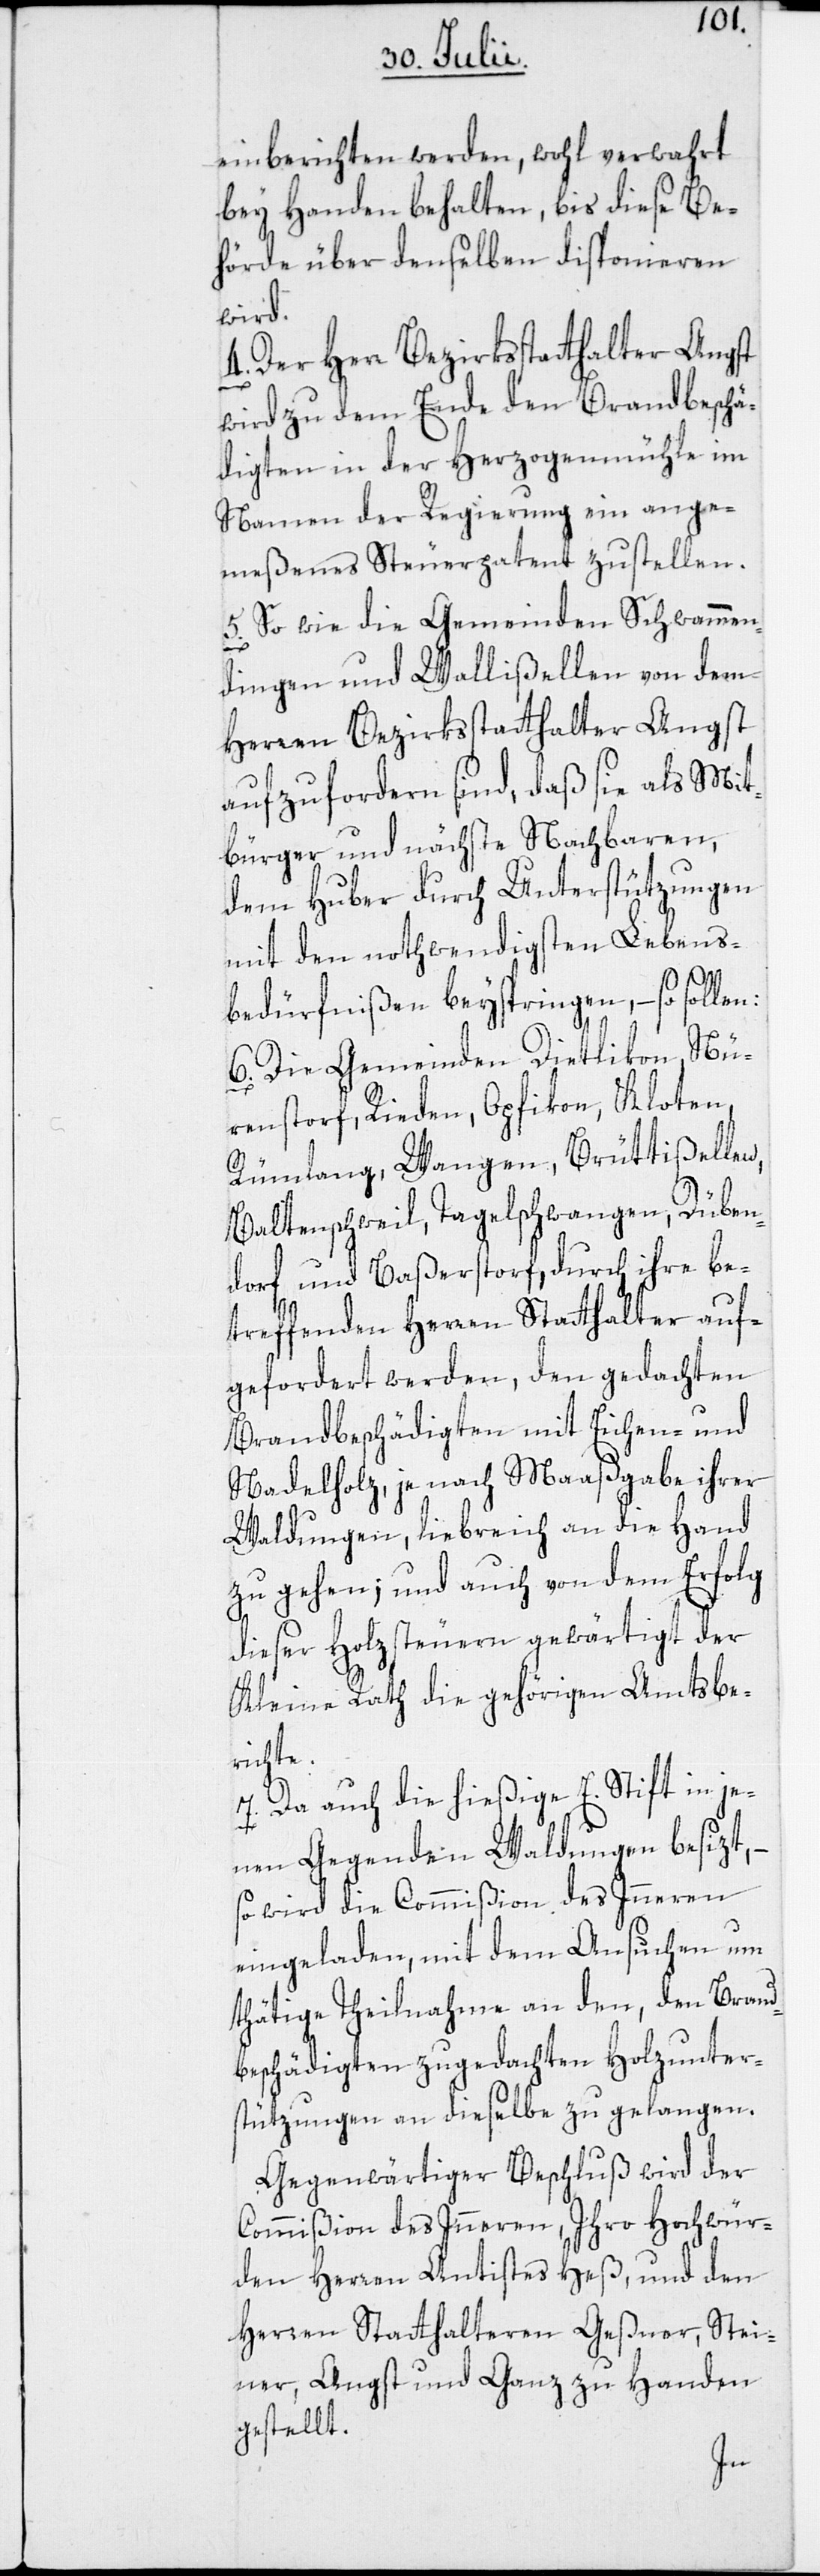
einberichten werden, wohl verwahrt
bey Handen behalten, bis diese Be¬
hörde über denselben disponieren
wird.
4. Der Herr Bezirksstatthalter Angst
wird zu dem Ende den Brandbeschä¬
digten in der Herzogenmühle im
Namen der Regierung ein ange¬
meßenes Steuerpatent zustellen.
5. So wie die Gemeinden Schwammen¬
dingen und Wallißellen von dem
Herren Bezirksstatthalter Angst
aufzufordern sind, daß sie als Mit¬
bürger und nächste Nachbaren,
dem Huber durch Unterstützungen
mit den nothwendigsten Lebens¬
bedürfnißen beyspringen, – so sollen:
6. Die Gemeinden Dietlikon[,] Nü¬
rensdorf, Rieden, Opfikon, Kloten,
Rümlang, Wangen, Brüttißellen,
Baltenschweil, Tagelschwangen, Düben¬
dorf und Baßerstorf, durch ihre be¬
treffenden Herren Statthalter auf¬
gefordert werden, den gedachten
Brandbeschädigten mit Eichen- und
Nadelholz, je nach Maaßgabe ihrer
Waldungen, liebreich an die Hand
zu gehen; und auch von dem Erfolg
dieser Holzsteuern gewärtigt der
Kleine Rath die gehörigen Amtsber¬
ichte.
7. Da auch die hießige E. Stift in je¬
nen Gegenden Waldungen besizt,
so wird die Commißion des Inneren
eingeladen, mit dem Ansuchen um
thätige Theilnahme an den, den Brand¬
beschädigten zugedachten Holzunter¬
stützungen an dieselbe zu gelangen.
Gegenwärtiger Beschluß wird der
Commißion des Inneren, Ihro Hochwür¬
den Herren Antistes Heß, und den
Herren Statthalteren Geßner, Stei¬
ner, Angst und Ganz zu Handen
gestellt.